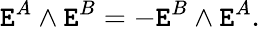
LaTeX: \mathtt{E}^{A}\wedge\mathtt{E}^{B}=-\mathtt{E}^{B}\wedge\mathtt{E}^{A}.